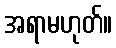
အရာမဟုတ်။